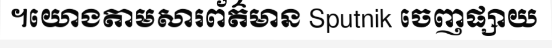
។យោងតាមសារព័ត៌មាន Sputnik ចេញផ្សាយ